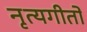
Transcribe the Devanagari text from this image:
नृत्यगीतों